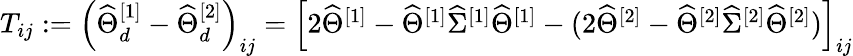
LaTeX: \begin{array}{r}{T_{ij}:=\left(\widehat{{\Theta}}_{d}^{[1]}-\widehat{{\Theta}}_{d}^{[2]}\right)_{ij}=\left[2\widehat{\Theta}^{[1]}-\widehat{\Theta}^{[1]}\widehat{\Sigma}^{[1]}\widehat{\Theta}^{[1]}-(2\widehat{\Theta}^{[2]}-\widehat{\Theta}^{[2]}\widehat{\Sigma}^{[2]}\widehat{\Theta}^{[2]})\right]_{ij}}\end{array}